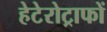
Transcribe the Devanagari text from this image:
हेटेरोट्राफों